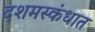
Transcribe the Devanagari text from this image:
दशमस्कंधात